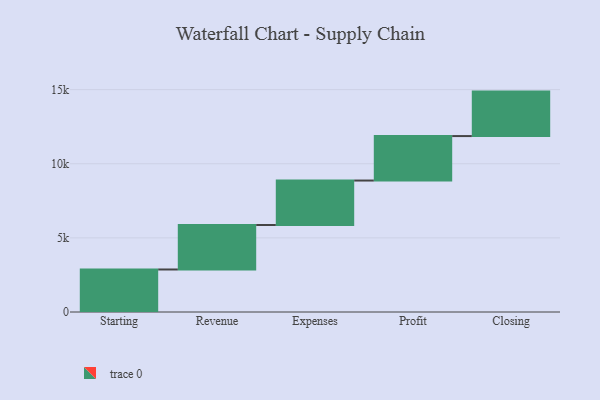
{"axis": {"x": "Step", "y": "Value"}, "legend": [""], "data": [{"x": "Starting", "y": 2868.0, "type": ""}, {"x": "Revenue", "y": 3000, "type": ""}, {"x": "Expenses", "y": 3000, "type": ""}, {"x": "Profit", "y": 3000, "type": ""}, {"x": "Closing", "y": 3000, "type": ""}]}